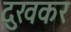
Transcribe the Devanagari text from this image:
दुखकर